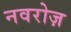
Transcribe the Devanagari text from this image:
नवरोज़